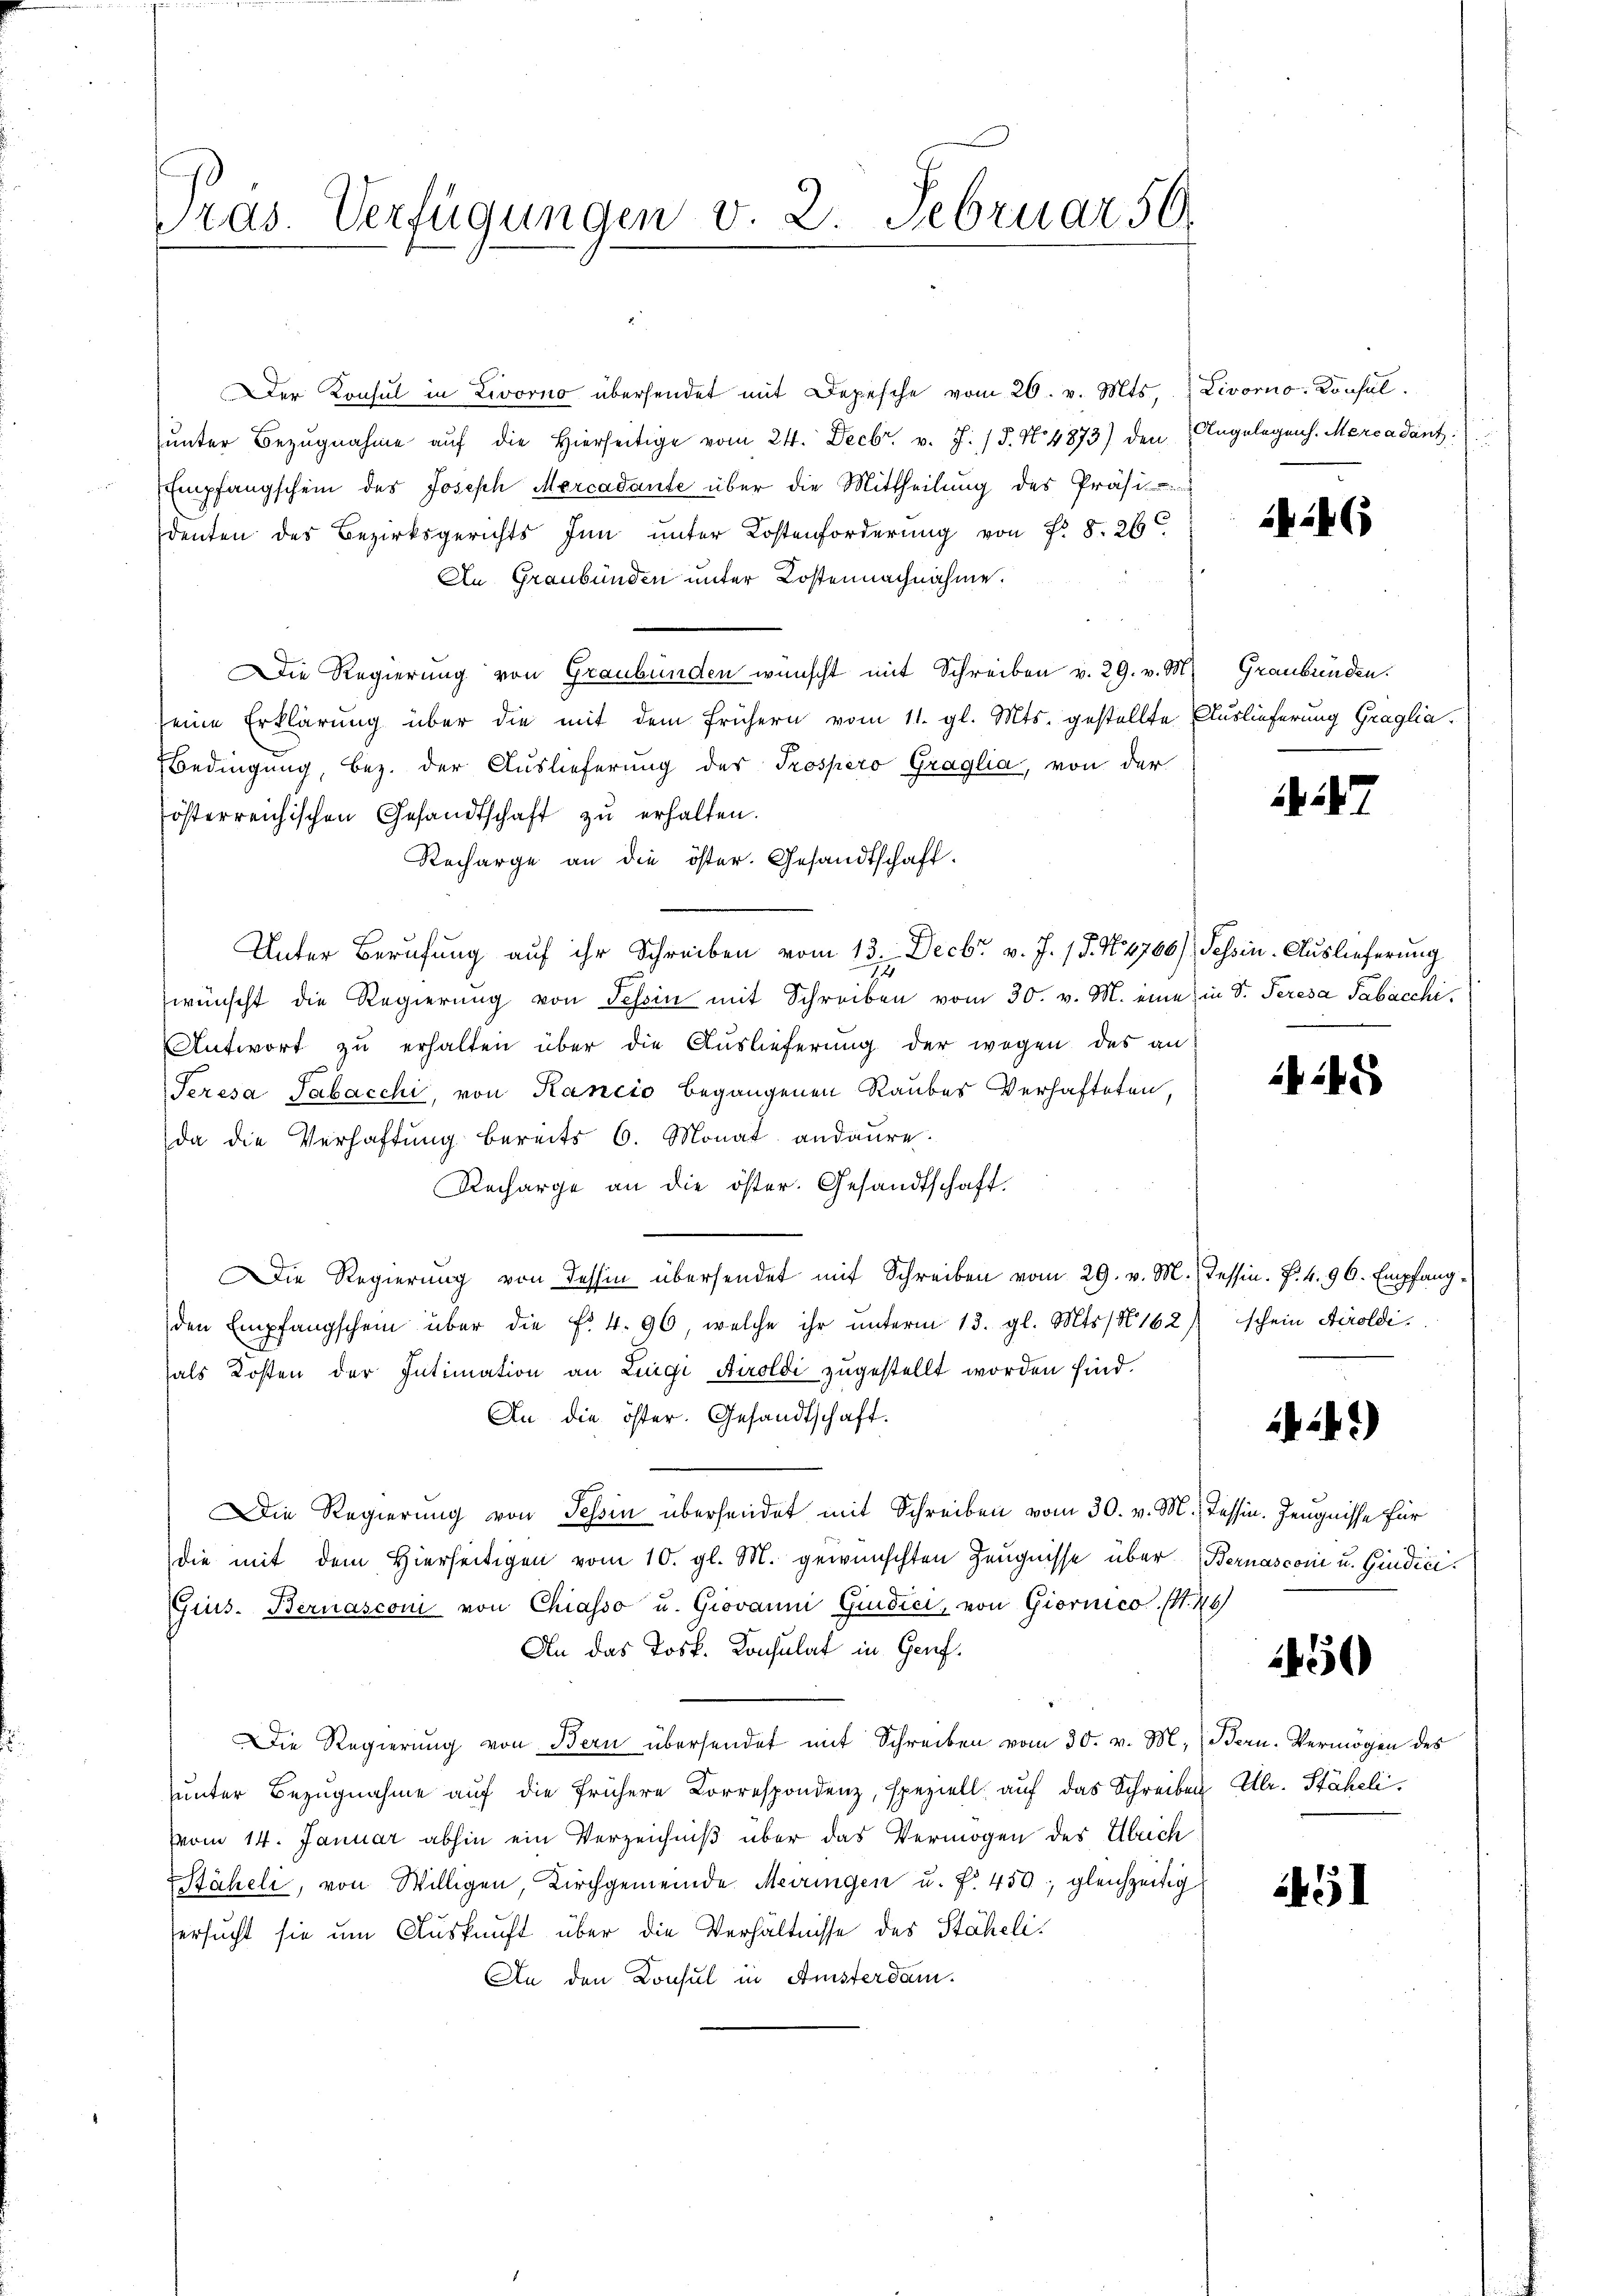
ras. Verfügungen v. 2. Februar 50.

Der Konsul in Livorno übersendet mit Depesche vom 26. v. Mts., Livorno-Konsul
ŭnter Bezŭgnahme aŭf die hierseitige vom 24. Decbr. v. J. 18. No. 4873) den Angelegens. Mercadant.
Empfangschein des Joseph Mercadante über die Mittheilung des Präsi
denten des Bezirksgerichts Inn unter Kostenforderung von Fr. 8. 24
An Graubünden unter Kostennachnahme.
Die Regierung von Graubünden wünscht mit Schreiben v. 29. v. M. Graubünden.
seine Erklärung über die mit dem frühern vom 11. gl. Mts. gestellte Auslieferung Graglia.
Bedingung, bez. der Auslieferung der Prospero Graglia, von der
österreichischen Gesandtschaft zŭ erhalten.
Recharge an die öster. Gesandtschaft.
Unter Berufung auf ihr Schreiben vom 13. Decbr v. J. 18. No. 4700) Tessin. Auslieferung
wünscht die Regierung von Tessin mit Schreiben vom 30. v. M. eine in S. Peresa Tabacchi
Antwort zu erhalten über die Auslieferung der wegen des an
Teresa Tabacchi, von Kancio begangenen Raubes Verhafteten,
da die Verhaftung bereits 6. Monat andaure
Recharge an die öster. Gesandtschaft.
Die Regierŭng von dessen übersendet mit Schreiben vom 29. v. M. Tessin. F. 4. 96. Empfangden Empfangschein über die f. 4. 96, welche ihr ŭnterm 13. gl. Mts. / N 162.
als Kosten der Intimation an Luigi Airoldi zŭgestellt worden sind.
An die öster. Gesandtschaft.
Die Regierung von Tessin übersendet mit Schreiben vom 30. v. M., Tessin. Zeugnisse für
die mit dem hierseitigen vom 10. gl. M. gewünschten Zeugnisse über Bernasconi u. Gindici¬
Gius. Bernasconi von Chiasso u. Giovanni Giudici, von Giornico (S. 46
An das Josk. Konsulat in Genf.
Die Regierŭng von Bern übersendet mit Schreiben vom 30. v. M. Bern. Vermögen des
ŭnter Bezŭgnahme aŭf die frühere Korrespondenz, speziell aŭf das Schreiben
vom 14. Januar abhin ein Verzeichniß über das Vermögen des Ulrich
äheli, von Willigen, Kirchgemeinde Meringen u. f. 450, gleichzeitig
ersucht sie um Auskunft über die Verhältnisse des Stäheli¬
An den Konsul in Amsterdam.

i (

2

145

schein Airoldi

12.)

50

Ulr. Stäheli

1